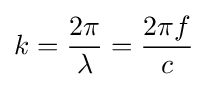
k={2\pi  \over \lambda }={2\pi f \over c}